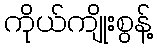
ကိုယ်ကျိုးစွန့်